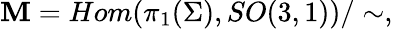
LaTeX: {\cal\mathbf{M}}=Hom(\pi_{1}(\Sigma),SO(3,1))/\sim,